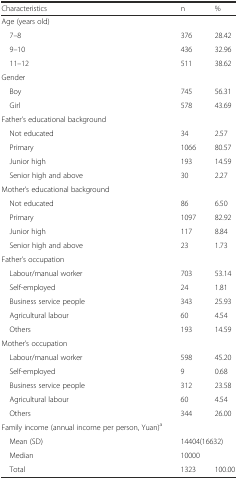
<table><thead><tr><td><b>Characteristics</b></td><td><b>n</b></td><td><b>%</b></td></tr></thead><tbody><tr><td>Age (years old)</td><td>[EMPTY_CELL]</td><td>[EMPTY_CELL]</td></tr><tr><td> 7–8</td><td>376</td><td>28.42</td></tr><tr><td> 9–10</td><td>436</td><td>32.96</td></tr><tr><td> 11–12</td><td>511</td><td>38.62</td></tr><tr><td>Gender</td><td>[EMPTY_CELL]</td><td>[EMPTY_CELL]</td></tr><tr><td> Boy</td><td>745</td><td>56.31</td></tr><tr><td> Girl</td><td>578</td><td>43.69</td></tr><tr><td>Father’s educational background</td><td>[EMPTY_CELL]</td><td>[EMPTY_CELL]</td></tr><tr><td> Not educated</td><td>34</td><td>2.57</td></tr><tr><td> Primary</td><td>1066</td><td>80.57</td></tr><tr><td> Junior high</td><td>193</td><td>14.59</td></tr><tr><td> Senior high and above</td><td>30</td><td>2.27</td></tr><tr><td>Mother’s educational background</td><td>[EMPTY_CELL]</td><td>[EMPTY_CELL]</td></tr><tr><td> Not educated</td><td>86</td><td>6.50</td></tr><tr><td> Primary</td><td>1097</td><td>82.92</td></tr><tr><td> Junior high</td><td>117</td><td>8.84</td></tr><tr><td> Senior high and above</td><td>23</td><td>1.73</td></tr><tr><td>Father’s occupation</td><td>[EMPTY_CELL]</td><td>[EMPTY_CELL]</td></tr><tr><td> Labour/manual worker</td><td>703</td><td>53.14</td></tr><tr><td> Self-employed</td><td>24</td><td>1.81</td></tr><tr><td> Business service people</td><td>343</td><td>25.93</td></tr><tr><td> Agricultural labour</td><td>60</td><td>4.54</td></tr><tr><td> Others</td><td>193</td><td>14.59</td></tr><tr><td>Mother’s occupation</td><td>[EMPTY_CELL]</td><td>[EMPTY_CELL]</td></tr><tr><td> Labour/manual worker</td><td>598</td><td>45.20</td></tr><tr><td> Self-employed</td><td>9</td><td>0.68</td></tr><tr><td> Business service people</td><td>312</td><td>23.58</td></tr><tr><td> Agricultural labour</td><td>60</td><td>4.54</td></tr><tr><td> Others</td><td>344</td><td>26.00</td></tr><tr><td>Family income (annual income per person, Yuan)<sup>a</sup></td><td>[EMPTY_CELL]</td><td>[EMPTY_CELL]</td></tr><tr><td> Mean (SD)</td><td colspan="2">14404(16632)</td></tr><tr><td> Median</td><td colspan="2">10000</td></tr><tr><td> Total</td><td>1323</td><td>100.00</td></tr></tbody></table>